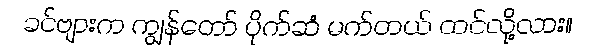
ခင်ဗျားက ကျွန်တော် ပိုက်ဆံ မက်တယ် ထင်လို့လား။